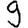
Digit: 9